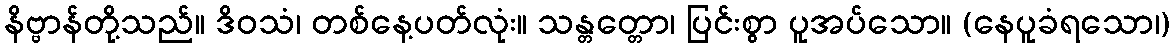
နိဗ္ဗာန်တို့သည်။ ဒိဝသံ၊ တစ်နေ့ပတ်လုံး။ သန္တတ္တော၊ ပြင်းစွာ ပူအပ်သော။ (နေပူခံရသော၊)